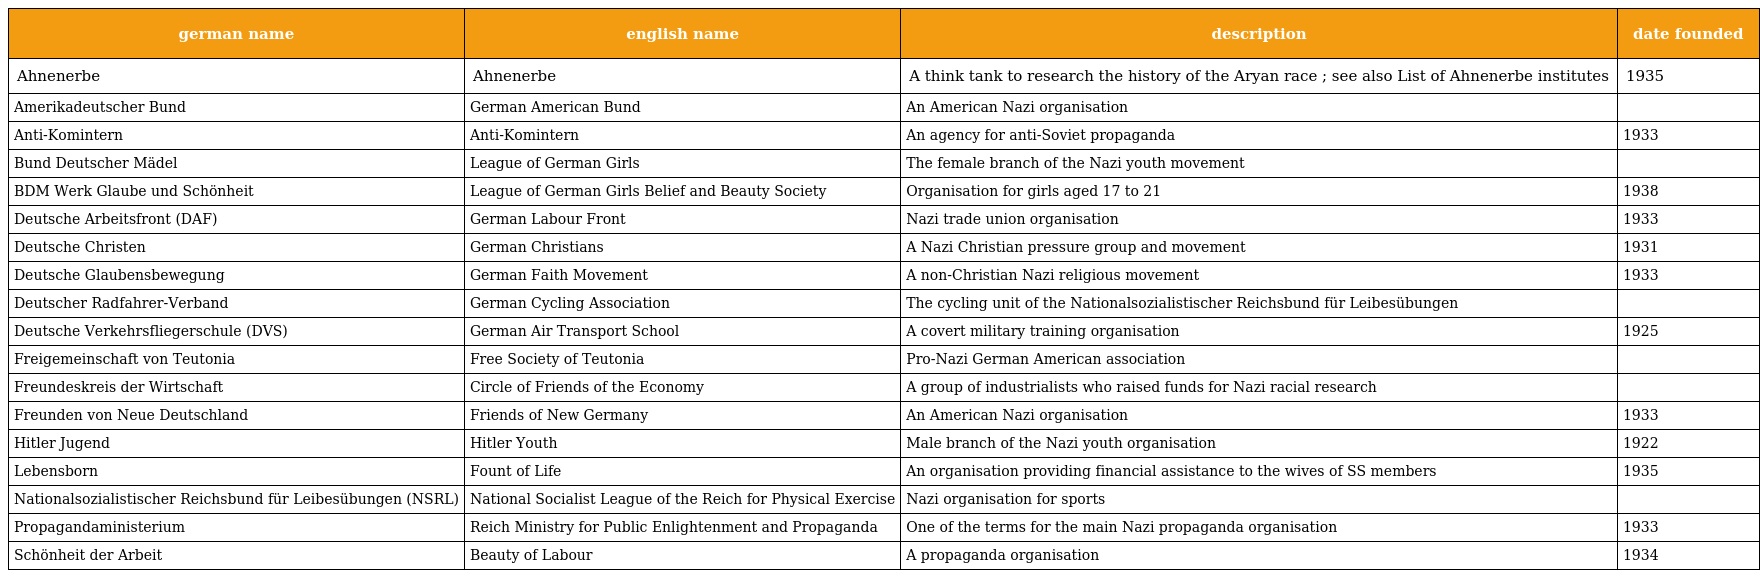
| german name | english name | description | date founded |
 | --- | --- | --- | --- |
 | Ahnenerbe | Ahnenerbe | A think tank to research the history of the Aryan race ; see also List of Ahnenerbe institutes | 1935 |
 | Amerikadeutscher Bund | German American Bund | An American Nazi organisation |  |
 | Anti-Komintern | Anti-Komintern | An agency for anti-Soviet propaganda | 1933 |
 | Bund Deutscher Mädel | League of German Girls | The female branch of the Nazi youth movement |  |
 | BDM Werk Glaube und Schönheit | League of German Girls Belief and Beauty Society | Organisation for girls aged 17 to 21 | 1938 |
 | Deutsche Arbeitsfront (DAF) | German Labour Front | Nazi trade union organisation | 1933 |
 | Deutsche Christen | German Christians | A Nazi Christian pressure group and movement | 1931 |
 | Deutsche Glaubensbewegung | German Faith Movement | A non-Christian Nazi religious movement | 1933 |
 | Deutscher Radfahrer-Verband | German Cycling Association | The cycling unit of the Nationalsozialistischer Reichsbund für Leibesübungen |  |
 | Deutsche Verkehrsfliegerschule (DVS) | German Air Transport School | A covert military training organisation | 1925 |
 | Freigemeinschaft von Teutonia | Free Society of Teutonia | Pro-Nazi German American association |  |
 | Freundeskreis der Wirtschaft | Circle of Friends of the Economy | A group of industrialists who raised funds for Nazi racial research |  |
 | Freunden von Neue Deutschland | Friends of New Germany | An American Nazi organisation | 1933 |
 | Hitler Jugend | Hitler Youth | Male branch of the Nazi youth organisation | 1922 |
 | Lebensborn | Fount of Life | An organisation providing financial assistance to the wives of SS members | 1935 |
 | Nationalsozialistischer Reichsbund für Leibesübungen (NSRL) | National Socialist League of the Reich for Physical Exercise | Nazi organisation for sports |  |
 | Propagandaministerium | Reich Ministry for Public Enlightenment and Propaganda | One of the terms for the main Nazi propaganda organisation | 1933 |
 | Schönheit der Arbeit | Beauty of Labour | A propaganda organisation | 1934 |